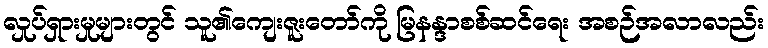
လှုပ်ရှားမှုများတွင် သူ၏ကျေးဇူးတော်ကို မြနန္ဒာစစ်ဆင်ရေး အစဉ်အလာလည်း